Scottish Leaving Certificate Examination, 1959
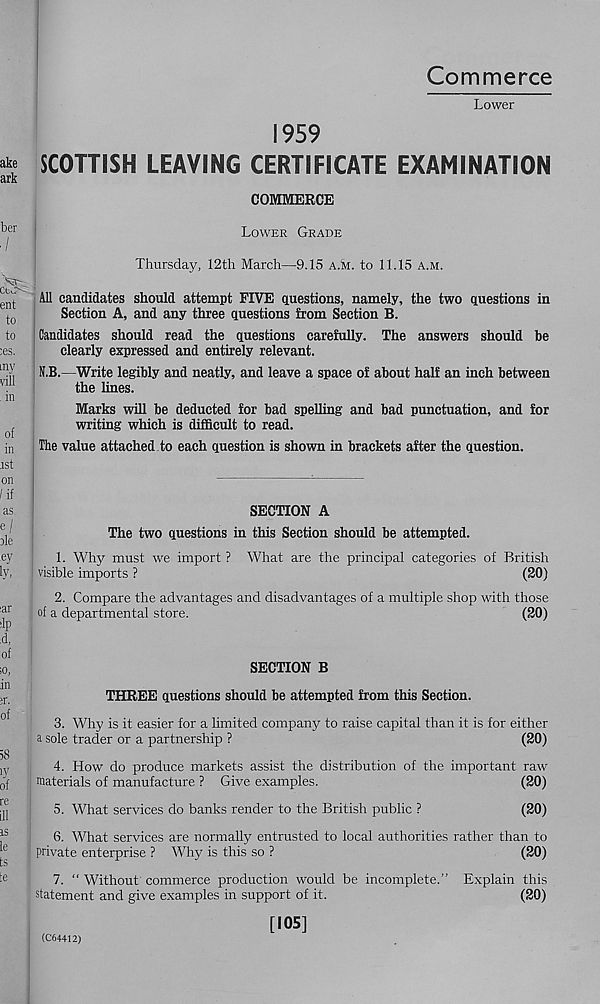
Commerce
Lower
1959
SCOTTISH LEAVING CERTIFICATE EXAMINATION
COMMERCE
Lower Grade
Thursday, 12th March—9.15 A.k. to 11.15 a.m.
All candidates should attempt FIVE questions, namely, the two questions in
Section A, and any three questions from Section B.
Candidates should read the questions carefully. The answers should be
clearly expressed and entirely relevant.
N.B.—Write legibly and neatly, and leave a space of about half an inch between
the lines.
Marks will be deducted for bad spelling and bad punctuation, and for
writing which is difficult to read.
The value attached to each question is shown in brackets after the question.
SECTION A
The two questions in this Section should be attempted.
1. Why must we import ? What are the principal categories of British
visible imports ?
(20)
2. Compare the advantages and disadvantages of a multiple shop with those
of a departmental store.
(20)
SECTION B
THREE questions should be attempted from this Section.
3. Why is it easier for a limited company to raise capital than it is for either
a sole trader or a partnership ?
(20)
4. How do produce markets assist the distribution of the important raw
materials of manufacture ? Give examples.
(20)
5. What services do banks render to the British public ?
(20)
6. What services are normally entrusted to local authorities rather than to
private enterprise ? Why is this so ?
(20)
7. “ Without commerce production would be incomplete.” Explain this
statement and give examples in support of it.
(20)
[105]
(C64412)